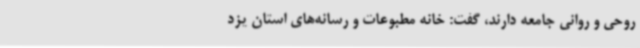
روحی و روانی جامعه دارند، گفت: خانه مطبوعات و رسانه‌های استان یزد